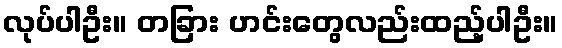
လုပ်ပါဦး။ တခြား ဟင်းတွေလည်းထည့်ပါဦး။